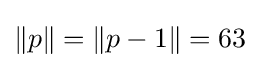
\|p\|=\|p-1\|=63